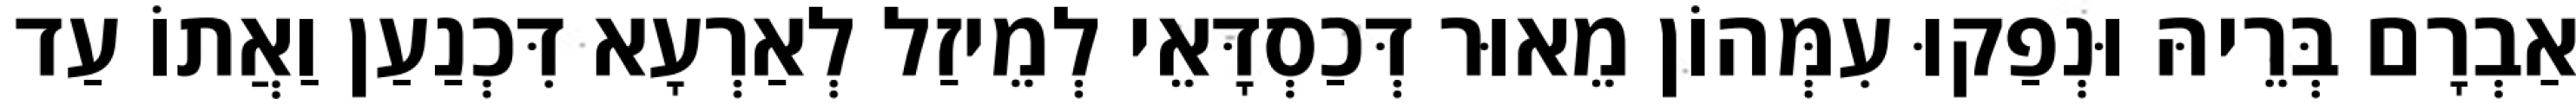
אַבְרָם בְּרֵיהּ וּנְפַקוּ עִמְּהוֹן מֵאוּר דְּכַסְדָּאֵי לְמֵיזַל לְאַרְעָא דִּכְנַעַן וַאֲתוֹ עַד